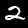
Digit: 2